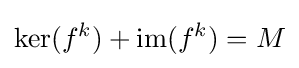
\mathrm {ker} (f^{k})+\mathrm {im} (f^{k})=M